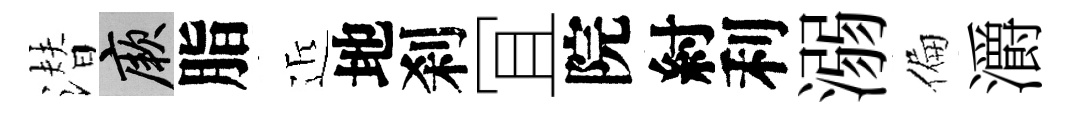
潜厥脂近地刹冝院紂利溺偏灂